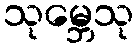
သုမ္ဘေသု